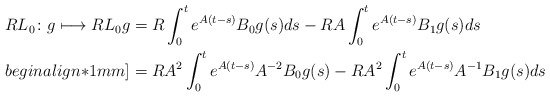
\begin{align*}R L_0\colon g\longmapsto R L_0 g & = R \int_0^t e^{A(t-s)} B_0 g(s) ds - R A\int_0^t e^{A(t-s)} B_1 g(s) ds\\begin{align*}1mm]& = R A^2 \int_0^t e^{A(t-s)} A^{-2} B_0 g(s) - R A^2 \int_0^t e^{A(t-s)} A^{-1} B_1 g(s)ds\end{align*}